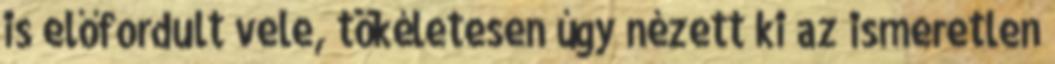
is előfordult vele, tökéletesen úgy nézett ki az ismeretlen